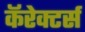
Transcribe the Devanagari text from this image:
कॅरेक्टर्स